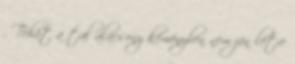
. Tehát a túl alacsony kéményben nem jön létre